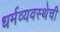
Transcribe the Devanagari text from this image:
धर्मव्यवस्थेची